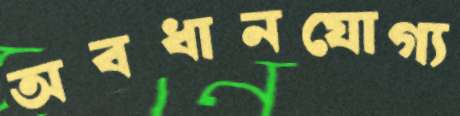
অবধানযোগ্য